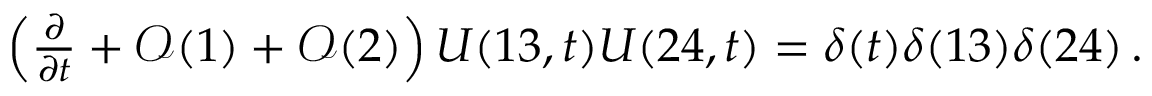
\begin{array} { r } { \left( \frac { \partial } { \partial t } + \mathcal { O } ( 1 ) + \mathcal { O } ( 2 ) \right) U ( 1 3 , t ) U ( 2 4 , t ) = \delta ( t ) \delta ( 1 3 ) \delta ( 2 4 ) \, . } \end{array}